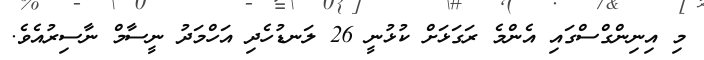
މި އިނިންގްސްގައި އެންމެ ރަގަޅަށް ކުޅުނީ 26 ލަނޑުހެދި އަހްމަދު ނީސާމް ނާސިރުއެވެ.